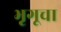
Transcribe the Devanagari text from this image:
भृगूचा